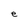
Character: e